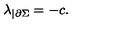
\lambda _ { | \partial \Sigma } = - c .